Vao_vallavalitsus, lk 14
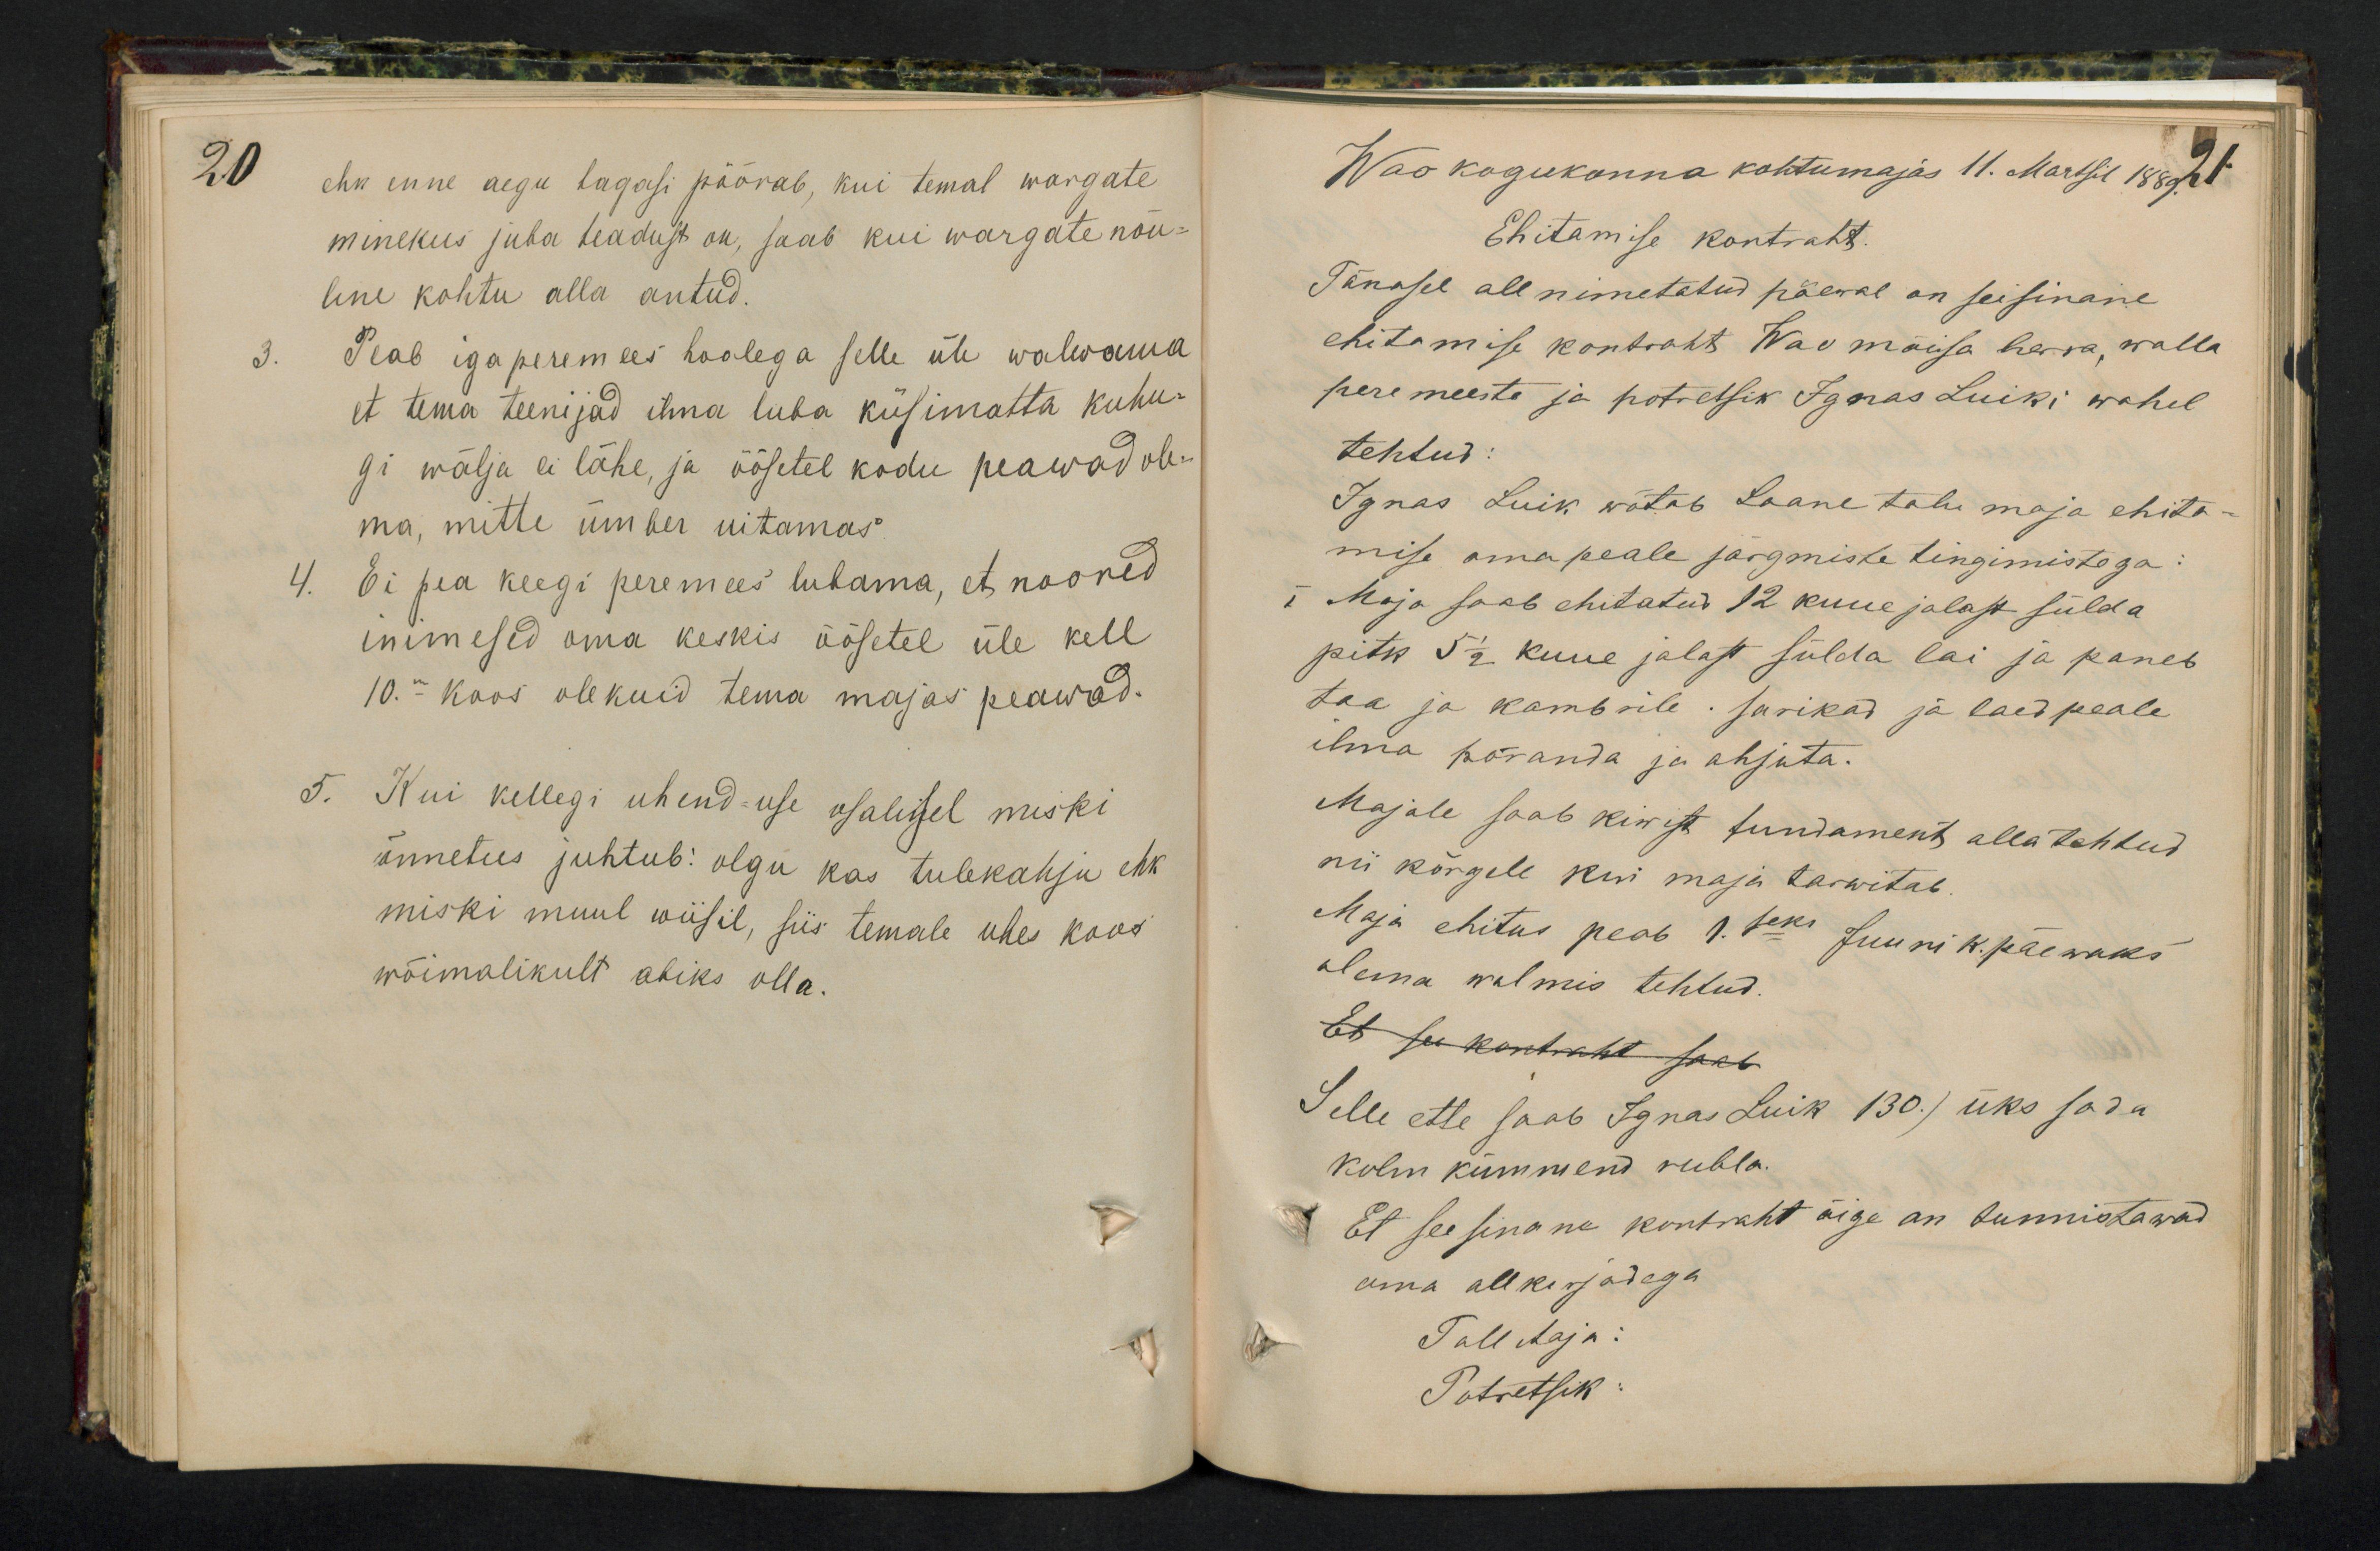
20
ehk enne aegu tagasi pöörab, kui temal wargate
minekus juba teadust on, saab kui wargate nõu-
line kohtu alla antud.
3. Peab iga peremees hoolega selle üle walwama
et tema teenijad ilma luba küsimatta kuhu-
gi wälja ei lähe, ja öösetel kodu peawad ole-
ma, mitte ümber uitamas.
4. Ei pea keegi peremees lubama, et noored
inimesed oma keskis öösetel üle kell
10. - koos olekuid tema majas peawad.
5. Kui kellegi ühend-use osalisel miski
õnnetus juhtub: olgu kas tulekahju ehk
miski muul wiisil, siis temale ühes koos
wõimalikult abiks olla.

Wao kogukonna kohtumajas 11. Martsil 1889.
Ehitamise kontraht.
Tänasel all nimetatud päewal on seisinane
ehitamise kontraht Wao mõisa herra, walla
peremeeste ja potretsik Ignas Luiki wahel
tehtud:
Ignas Luik wõtab Laane talu maja ehita-
mise oma peale järgmiste tingimistega
I Maja saab ehitatud 12 kuue jalast sülda
pitk 5 1/2 kuue jalast sülda lai ja paneb
toa ja kambrile. sarikad ja laed peale
ilma põranda ja ahjuta.
Majale saab kiwist fundament alla tehtud
nii kõrgele kui maja tarwitab
Maja ehitus peab 1.seks Juuni k. päewaks
olema walmis tehtud.
Et see kontraht saab
Selle ette saab Ignas Luik 130.) üks sada
kolm kümmend rubla.
Et seesinane kontraht õige on tunnistawad
oma allkirjadega.
Tallitaja:
Potretsik: